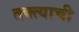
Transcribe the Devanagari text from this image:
तक्त्याची